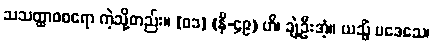
သသတ္ထာဝစရော ကဲ့သို့တည်း။ [၀၁] (နိ-၄၉) ဟိ၊ ချဲ့ဦးအံ့။ ယသ္မိံ ပဒေသေ၊